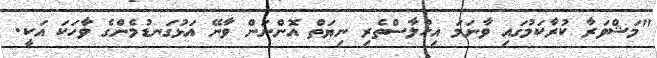
"މަޝްވަރާ ކުރާކަމުގައި ވާނަމަ އިހުލާސްތެރި ނިޔަތް އޮންނަން ވާނޭ އަޅުގަނޑުމެންގެ ވާހަކަ އަކީ.